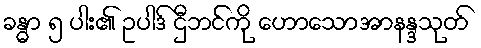
ခန္ဓာ ၅ ပါး၏ ဥပါဒ် ဌီဘင်ကို ဟောသောအာနန္ဒသုတ်